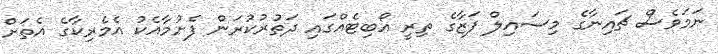
ނަމަވެސް ޗައިނާގެ މިސައިލް ފަޒާގެ ތިރީ އޯބިޓެއްގައި ދަތުރުކުރަން ފެށުމާއެކު އެމެރިކާގެ އެތަށް